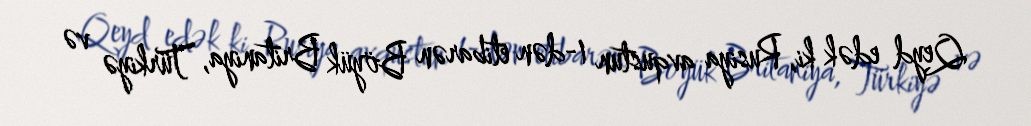
Qeyd edək ki, Rusiya avqustun 1-dən etibarən Böyük Britaniya, Türkiyə və